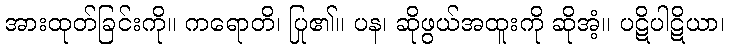
အားထုတ်ခြင်းကို။ ကရောတိ၊ ပြု၏။ ပန၊ ဆိုဖွယ်အထူးကို ဆိုအံ့။ ပဋိပါဋိယာ၊